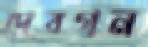
দেবগন